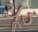
ચૂડ